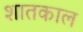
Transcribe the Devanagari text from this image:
शातकाल